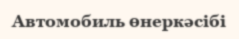
Автомобиль өнеркәсібі